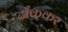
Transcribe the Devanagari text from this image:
ढाँककर